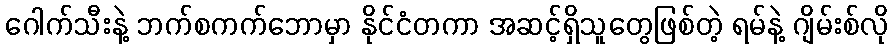
ဂေါက်သီးနဲ့ ဘက်စကက်ဘောမှာ နိုင်ငံတကာ အဆင့်ရှိသူတွေဖြစ်တဲ့ ရမ်နဲ့ ဂျိမ်းစ်လို